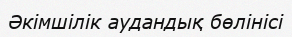
Әкімшілік аудандық бөлінісі